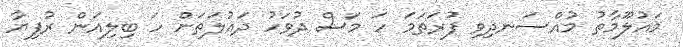
މައުލޫމާތު މުއްސަނދިވި ފުރަތަމަ ހަ މަސް ދުވަހު ދައުލަތަށް ހަ ބިލިއަން ރުފިޔާ